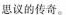
思议的传奇。